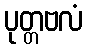
ပုတ္တဗလံ